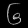
Digit: ၆